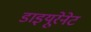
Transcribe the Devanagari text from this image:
डाइयूरेनेट